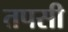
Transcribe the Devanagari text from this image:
तपसी